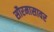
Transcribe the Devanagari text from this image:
सौरमासावर